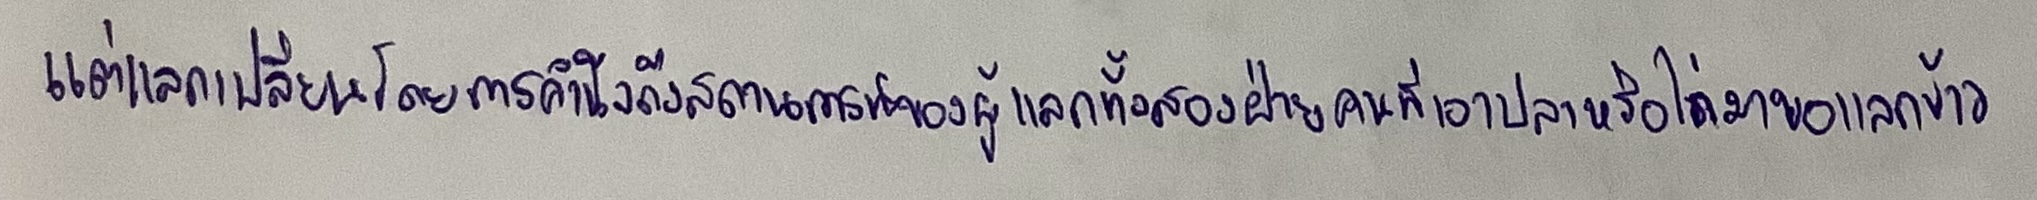
แต่แลกเปลี่ยนโดยการคำนึงถึงสถานการณ์ของผู้แลกทั้งสองฝ่ายคนที่เอาปลาหรือไก่มาขอแลกข้าว